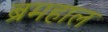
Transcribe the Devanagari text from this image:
ब्रमहाल